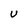
Character: U